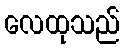
လေထုသည်